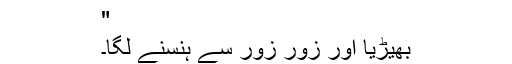
"
بھیڑیا اور زور زور سے ہنسنے لگا۔